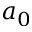
a _ { 0 }